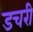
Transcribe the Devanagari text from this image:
डचरी